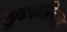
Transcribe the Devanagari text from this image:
खुद्दकसिक्खा